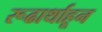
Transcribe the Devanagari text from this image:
रूढार्थाहून